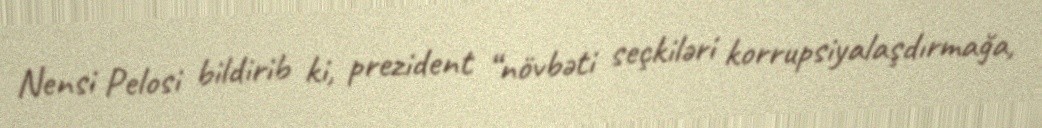
Nensi Pelosi bildirib ki, prezident “növbəti seçkiləri korrupsiyalaşdırmağa,